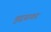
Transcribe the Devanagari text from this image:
मुद्दय़ावर